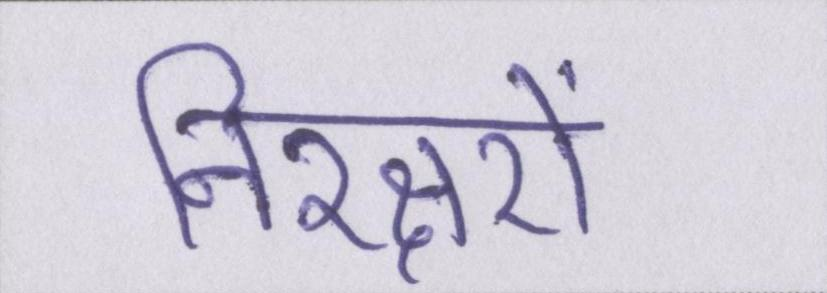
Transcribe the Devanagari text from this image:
निरक्षरों